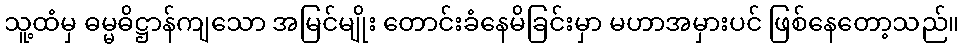
သူ့ထံမှ ဓမ္မဓိဋ္ဌာန်ကျသော အမြင်မျိုး တောင်းခံနေမိခြင်းမှာ မဟာအမှားပင် ဖြစ်နေတော့သည်။